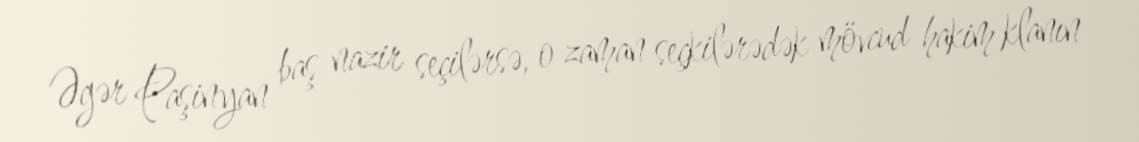
Əgər Paşinyan baş nazir seçilərsə, o zaman seçkilərədək mövcud hakim klanın